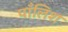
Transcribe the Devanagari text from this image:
पाँलिश